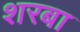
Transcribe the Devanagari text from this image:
शरबा